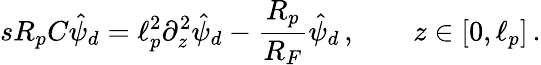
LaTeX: sR_{p}C\hat{\psi}_{d}=\ell_{p}^{2}\partial_{z}^{2}\hat{\psi}_{d}-\frac{R_{p}}{R_{F}}\hat{\psi}_{d}\, ,\qquad z\in[0,\ell_{p}]\, .